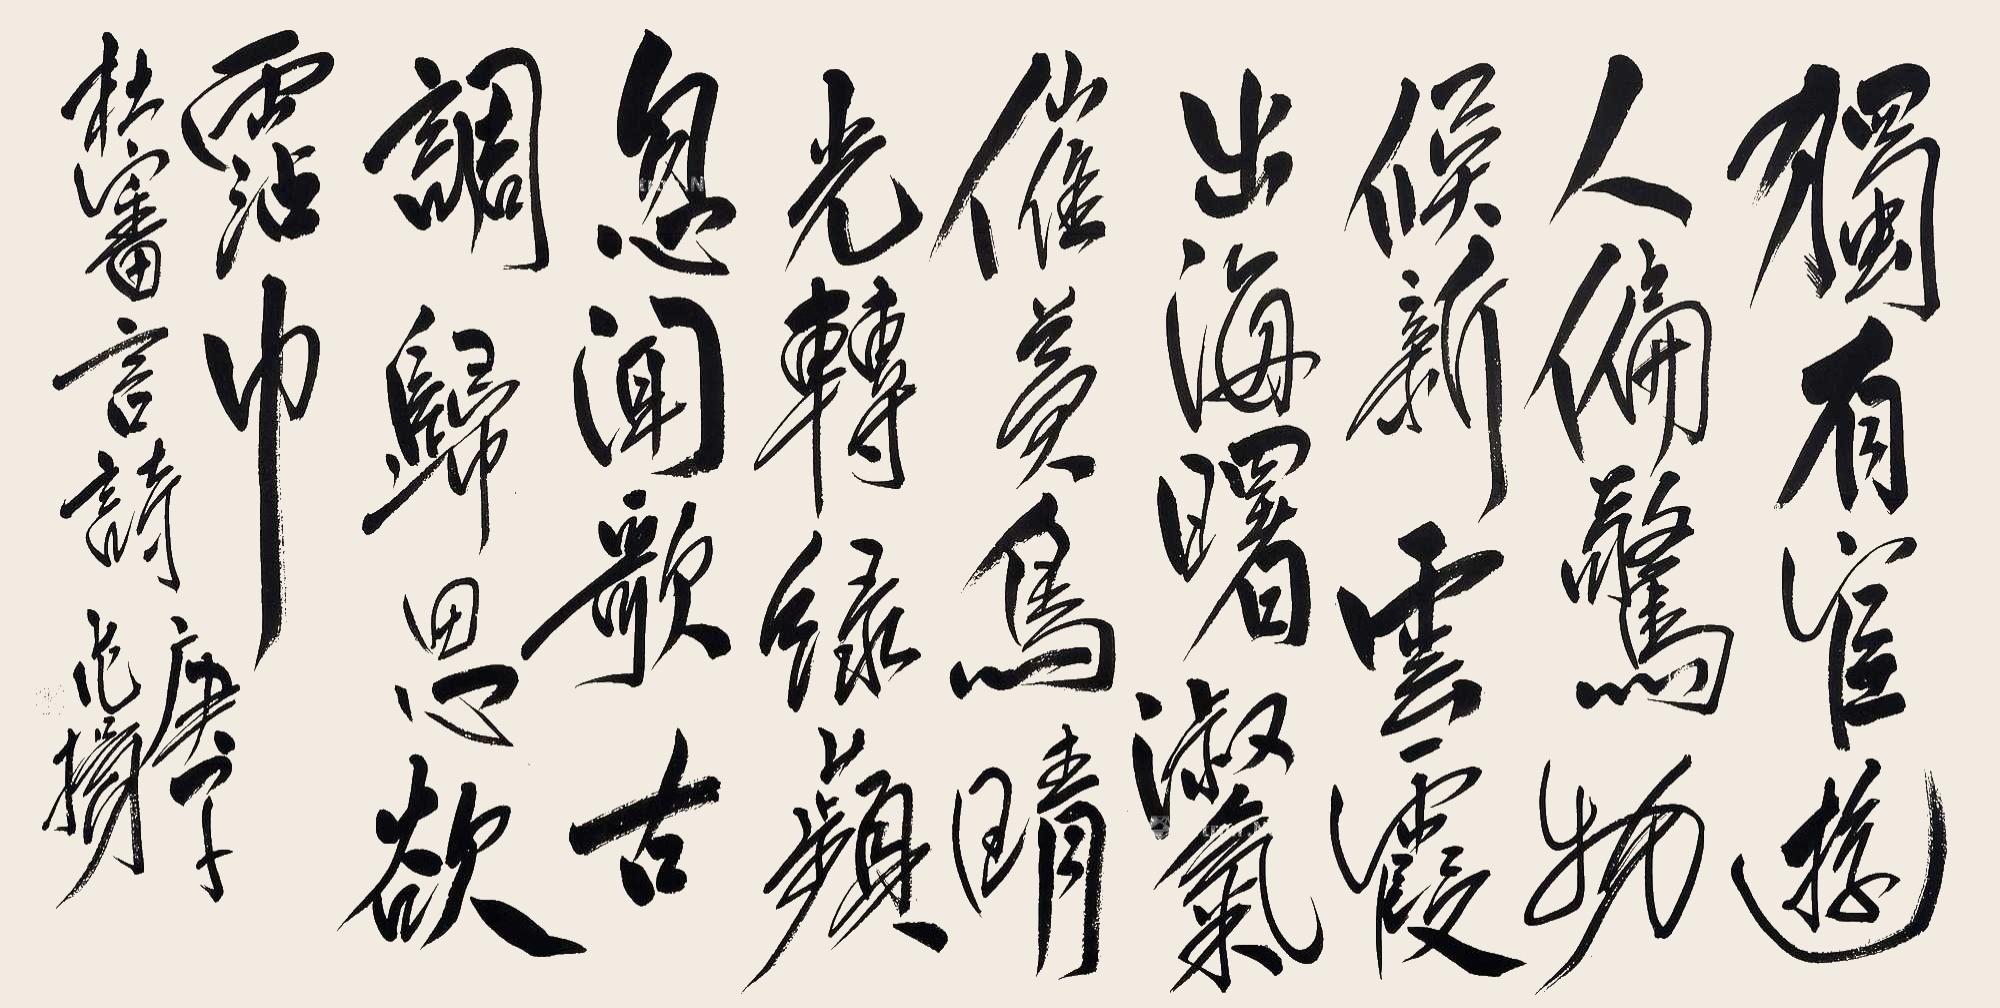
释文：独有宦游人，偏惊物候新。云霞出海曙，梅柳渡江春。淑气催黄鸟，晴光转绿苹。忽闻歌古调，归思欲沾巾。杜审言诗，庚子范扬。